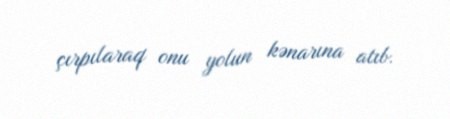
çırpılaraq onu yolun kənarına atıb.